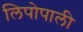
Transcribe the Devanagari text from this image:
लिपोपाली